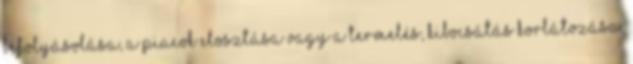
befolyásolása, a piacok elosztása vagy a termelés, kibocsátás korlátozása.